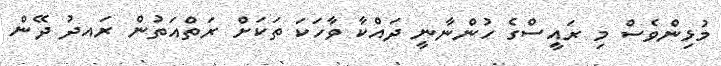
މުޅިންވެސް މި ރައީސްގެ ހުންނާނީ ދައްކާ ވާހަކަ ތަކަށް ރަތްއަތުން ރައދު ދޭން